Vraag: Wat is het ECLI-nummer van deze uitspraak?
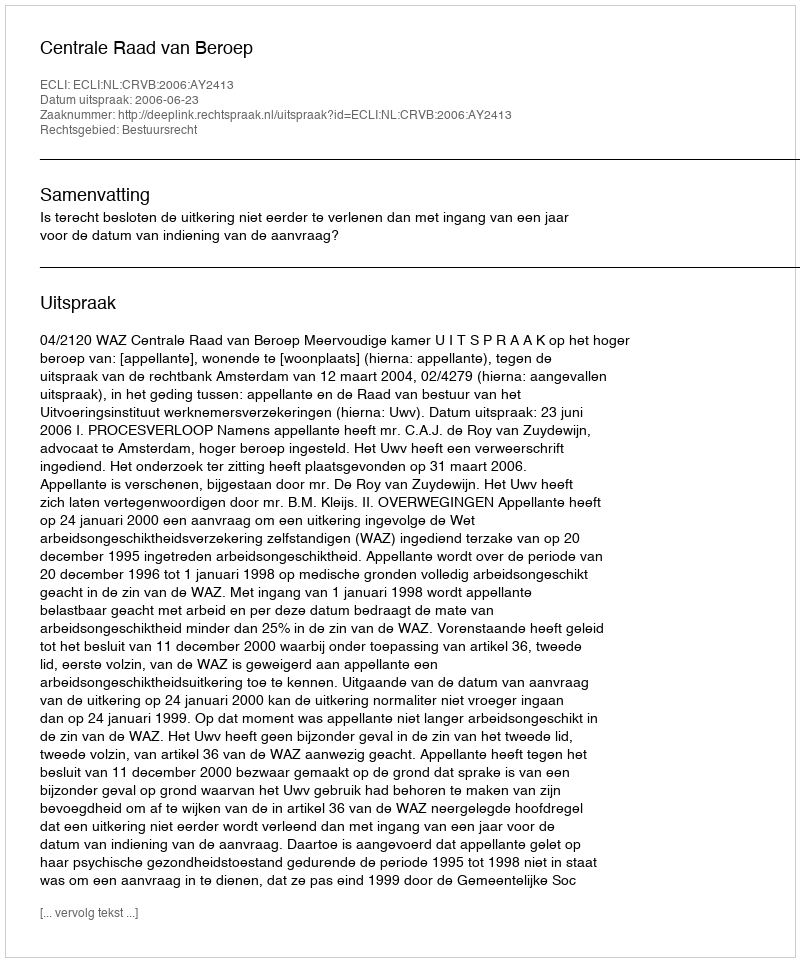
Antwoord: ECLI:NL:CRVB:2006:AY2413